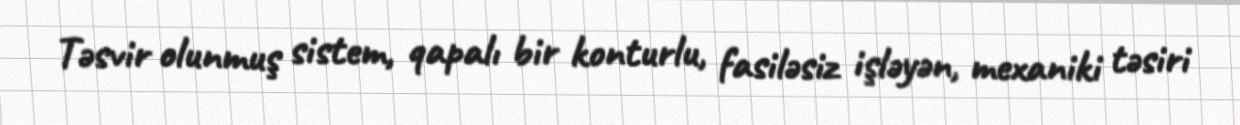
Təsvir olunmuş sistem, qapalı bir konturlu, fasiləsiz işləyən, mexaniki təsiri